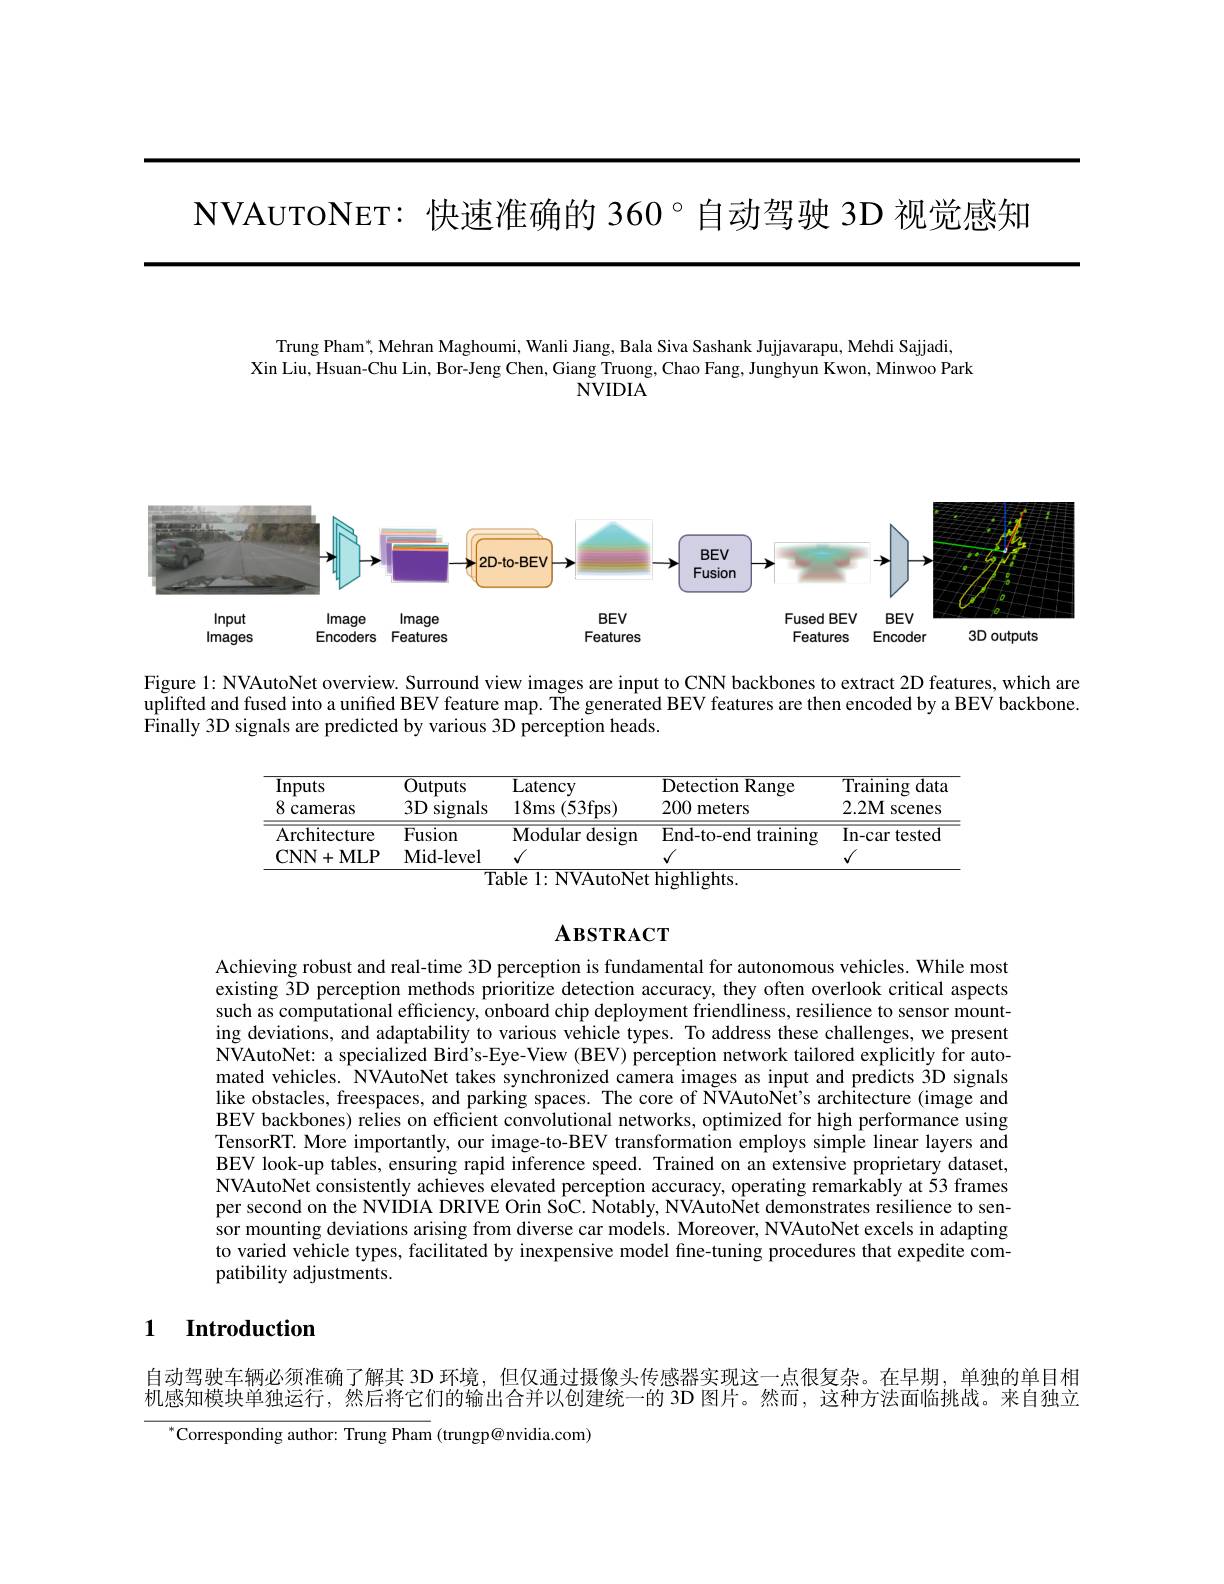
$\mathsf{NVAUTONET:}$快速准确的 360°自动驾驶 3D 视觉感知

Trung Pham$^*$, Mehran Maghoumi, Wanli Jiang, Bala Siva Sashank Jujjavarapu, Mehdi Sajjadi,
Xin Liu, Hsuan-Chu Lin, Bor-Jeng Chen, Giang Truong, Chao Fang, Junghyun Kwon, Minwoo Park
$\bar{\mathrm{NVIDIA}}$

<FigureHere>

Figure l: NVAutoNet overview. Surround view images are input to CNN backbones to extract 2D features, which are uplifted and fused into a unified BEV feature map. The generated BEV features are then encoded by a BEV backbone. Finally 3D signals are predicted by various 3D perception heads.

<table>
	<tbody>
		<tr>
			<th>Inputs 8 cameras</th>
			<th>$\operatorname{Outputs}$ $3D$ signals</th>
			<th>Latency (53fps) $18ms$</th>
			<th>$\overline{{\mathrm{Detection~Range}}}$ 200 meters</th>
			<th>${\overline{{\mathrm{Training}}}}$ $dat\varepsilon$ $2.2\mathbf{M}$ SCenes</th>
		</tr>
		<tr>
			<td>Architecture $\mathbf{CNN+MLP}$</td>
			<td>Fusion Mid- level</td>
			<td>${\overline{{\mathrm{Modular~design}}}}$</td>
			<td>${\overline{End-to-endtraining}}$</td>
			<td>In-car tested</td>
		</tr>
	</tbody>
</table>

# $\mathbf{A}$взткаст

Achieving robust and real-time 3D perception is fundamental for autonomous vehicles. While most existing 3D perception methods prioritize detection accuracy, they often overlook critical aspects such as computational efficiency, onboard chip deployment friendliness, resilience to sensor mounting deviations, and adaptability to various vehicle types. To address these challenges, we present NVAutoNet: a specialized Bird's-Eye-View (BEV) perception network tailored explicitly for automated vehicles. NVAutoNet takes synchronized camera images as input and predicts 3D signals like obstacles, freespaces, and parking spaces. The core of NVAutoNet's architecture (image and BEV backbones) relies on efficient convolutional networks, optimized for high performance using TensorRT. More importantly, our image-to-BEV transformation employs simple linear layers and BEV look-up tables, ensuring rapid inference speed. Trained on an extensive proprietary dataset, NVAutoNet consistently achieves elevated perception accuracy, operating remarkably at 53 frames per second on the NVIDIA DRIVE Orin SoC. Notably, NVAutoNet demonstrates resilience to sensor mounting deviations arising from diverse car models. Moreover, NVAutoNet excels in adapting to varied vehicle types, facilitated by inexpensive model fine-tuning procedures that expedite compatibility adjustments.

## 1 Introduction

自动驾驶车辆必须准确了解其 3D 环境，但仅通过摄像头传感器实现这一点很复杂。在早期，单独的单目相

机感知模块单独运行，然后将它们的输出合并以创建统一的 3D 图片。然而，这种方法面临挑战。来自独立

$^{*}$Corresponding author: Trung Pham (trungp@nvidia.com)